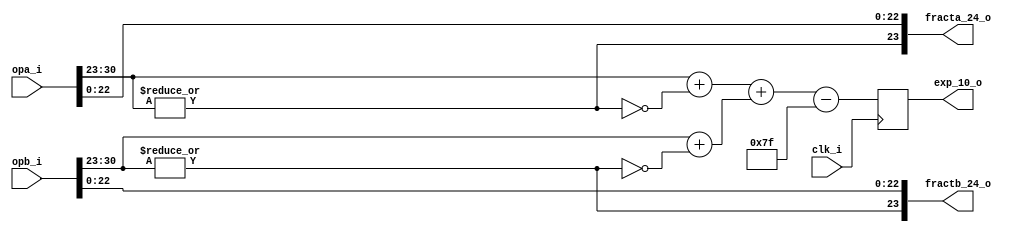
//////////////////////////////////////////////////////////////////////
////                                                              ////
////  or1200_fpu_pre_norm_mul                                     ////
////                                                              ////
////  This file is part of the OpenRISC 1200 project              ////
////  http://opencores.org/project,or1k                           ////
////                                                              ////
////  Description                                                 ////
////  pre-normalization entity for the multiplication unit        ////
////                                                              ////
////  To Do:                                                      ////
////                                                              ////
////                                                              ////
////  Author(s):                                                  ////
////      - Original design (FPU100) -                            ////
////        Jidan Al-eryani, jidan@gmx.net                        ////
////      - Conv. to Verilog and inclusion in OR1200 -            ////
////        Julius Baxter, julius@opencores.org                   ////
////                                                              ////
//////////////////////////////////////////////////////////////////////
//
//  Copyright (C) 2006, 2010
//
//	This source file may be used and distributed without        
//	restriction provided that this copyright statement is not   
//	removed from the file and that any derivative work contains 
//	the original copyright notice and the associated disclaimer.
//                                                           
//		THIS SOFTWARE IS PROVIDED ``AS IS'' AND WITHOUT ANY     
//	EXPRESS OR IMPLIED WARRANTIES, INCLUDING, BUT NOT LIMITED   
//	TO, THE IMPLIED WARRANTIES OF MERCHANTABILITY AND FITNESS   
//	FOR A PARTICULAR PURPOSE. IN NO EVENT SHALL THE AUTHOR      
//	OR CONTRIBUTORS BE LIABLE FOR ANY DIRECT, INDIRECT,         
//	INCIDENTAL, SPECIAL, EXEMPLARY, OR CONSEQUENTIAL DAMAGES    
//	(INCLUDING, BUT NOT LIMITED TO, PROCUREMENT OF SUBSTITUTE   
//	GOODS OR SERVICES; LOSS OF USE, DATA, OR PROFITS; OR        
//	BUSINESS INTERRUPTION) HOWEVER CAUSED AND ON ANY THEORY OF  
//	LIABILITY, WHETHER IN  CONTRACT, STRICT LIABILITY, OR TORT  
//	(INCLUDING NEGLIGENCE OR OTHERWISE) ARISING IN ANY WAY OUT  
//	OF THE USE OF THIS SOFTWARE, EVEN IF ADVISED OF THE         
//	POSSIBILITY OF SUCH DAMAGE. 
//

module or1200_fpu_pre_norm_mul (
		     clk_i,
		     opa_i,
		     opb_i,
		     exp_10_o,
		     fracta_24_o,
		     fractb_24_o
		     );

   parameter FP_WIDTH = 32;
   parameter MUL_SERIAL = 0; // 0 for parallel multiplier, 1 for serial
   parameter MUL_COUNT = 11; //11 for parallel multiplier, 34 for serial
   parameter FRAC_WIDTH = 23;
   parameter EXP_WIDTH = 8;
   parameter ZERO_VECTOR = 31'd0;
   parameter INF = 31'b1111111100000000000000000000000;
   parameter QNAN = 31'b1111111110000000000000000000000;
   parameter SNAN = 31'b1111111100000000000000000000001;


   input clk_i;
   input [FP_WIDTH-1:0] opa_i;
   input [FP_WIDTH-1:0] opb_i;
   output reg [EXP_WIDTH+1:0] exp_10_o;
   output [FRAC_WIDTH:0] fracta_24_o;
   output [FRAC_WIDTH:0] fractb_24_o; 

   
   wire [EXP_WIDTH-1:0]      s_expa;
   wire [EXP_WIDTH-1:0]      s_expb;
   
   wire [FRAC_WIDTH-1:0]     s_fracta;
   wire [FRAC_WIDTH-1:0]     s_fractb;

   wire [EXP_WIDTH+1:0]      s_exp_10_o;
   wire [EXP_WIDTH+1:0]      s_expa_in;
   wire [EXP_WIDTH+1:0]      s_expb_in;
   
   wire 		     s_opa_dn, s_opb_dn;

   assign s_expa = opa_i[30:23];
   assign s_expb = opb_i[30:23];
   assign s_fracta = opa_i[22:0];
   assign s_fractb = opb_i[22:0];
   
   // Output Register
   always @(posedge clk_i)
     exp_10_o <= s_exp_10_o;
   
   // opa or opb is denormalized
   assign s_opa_dn = !(|s_expa);
   assign s_opb_dn = !(|s_expb);
   
   assign fracta_24_o = {!s_opa_dn, s_fracta};
   assign fractb_24_o = {!s_opb_dn, s_fractb};
   
   assign s_expa_in = {2'd0, s_expa} + {9'd0, s_opa_dn};
   assign s_expb_in = {2'd0, s_expb} + {9'd0, s_opb_dn};
   
   assign s_exp_10_o = s_expa_in + s_expb_in - 10'b0001111111;		

endmodule // or1200_fpu_pre_norm_mul